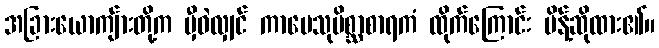
အခြားယောကျ်ားတို့က မှီဝဲလျှင် ကာမေသုမိစ္ဆာစာရကံ ထိုက်ကြောင်း မိန့်ဆိုထား၏။